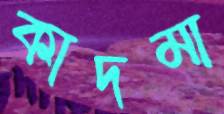
কাদমা